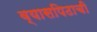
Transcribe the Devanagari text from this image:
व्यासपिठाची